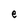
Character: e